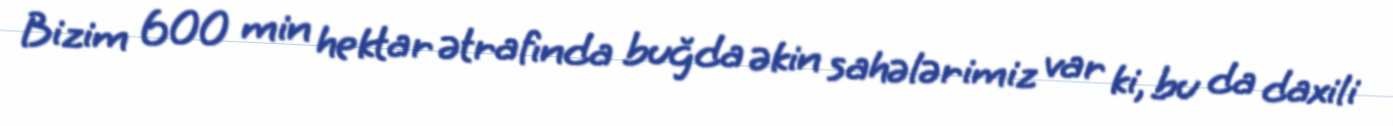
Bizim 600 min hektar ətrafında buğda əkin sahələrimiz var ki, bu da daxili